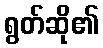
ရွတ်ဆို၏